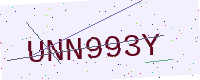
Text: UNN993Y